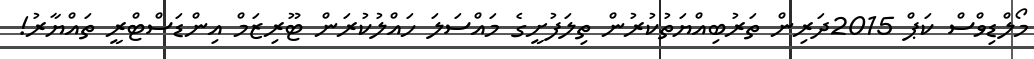
މޯލްޑިވްސް ކަޕް 2015ދަރިން ތަރުބިއްޔަތުކުރުން ތިލަފުށީގެ މައްސަލަ ހައްލުކުރަން ޓޫރިޒަމް އިންޑަސްޓްރީ ތައްޔާރު!